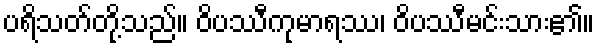
ပရိသတ်တို့သည်။ ဝိပဿီကုမာရဿ၊ ဝိပဿီမင်းသား၏။